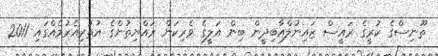
ތޫނިސްގެ ކުރީގެ ރައީސް ޒައިނުލްއާބިދީން ބިން އަލީގެ ވެރިކަން ރައްޔިތުންގެ އުތުރިއެރުމެއްގައި 2011